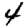
Digit: 4